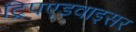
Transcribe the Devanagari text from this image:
ट्रिपएडवाइसर